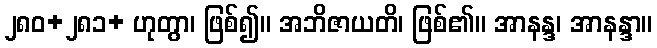
၂၈၀+၂၈၁+ ဟုတွာ၊ ဖြစ်၍။ အဘိဇာယတိ၊ ဖြစ်၏။ အာနန္ဒ၊ အာနန္ဒာ။